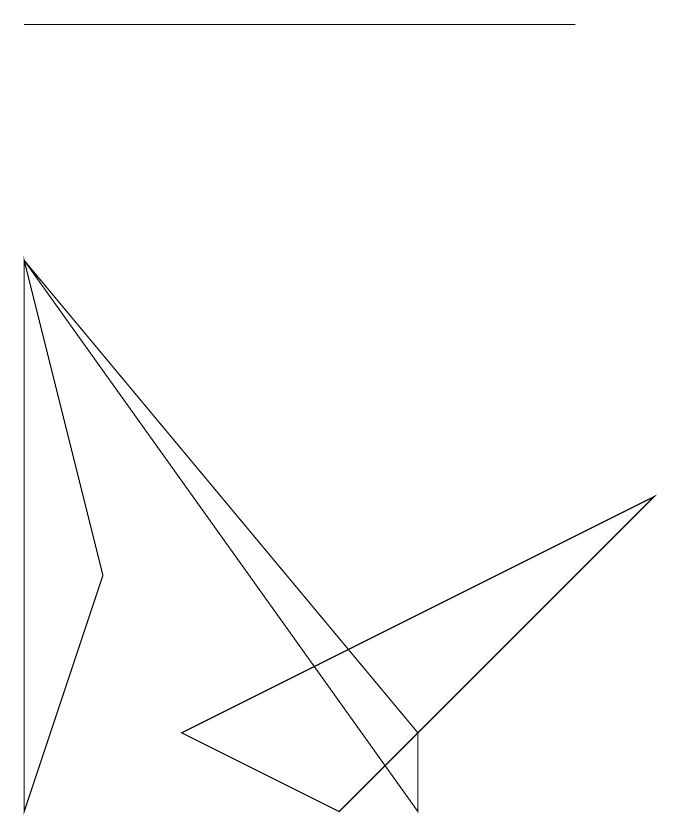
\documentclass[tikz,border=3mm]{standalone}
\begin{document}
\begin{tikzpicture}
\draw (8,12) rectangle (1,12);
\draw (1,2) -- (1,9) -- (2,5) -- cycle;
\draw (6,3) -- (6,2) -- (1,9) -- cycle;
\draw (9,6) -- (5,2) -- (3,3) -- cycle;
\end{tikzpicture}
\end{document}